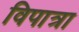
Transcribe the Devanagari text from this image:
विपात्रा